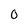
Character: O